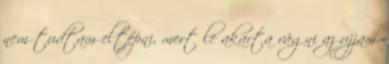
nem tudtam eltépni, mert le akarta vágni az ujjam.